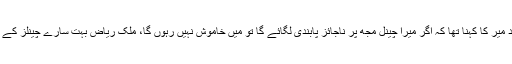
مزید بات کرتے ہوئے حامد میر کا کہنا تھا کہ اگر میرا چینل مجھ پر ناجائز پابندی لگائے گا تو میں خاموش نہیں رہوں گا، ملک ریاض بہت سارے چینلز کے مالکان کے بہت قریب ہیں۔